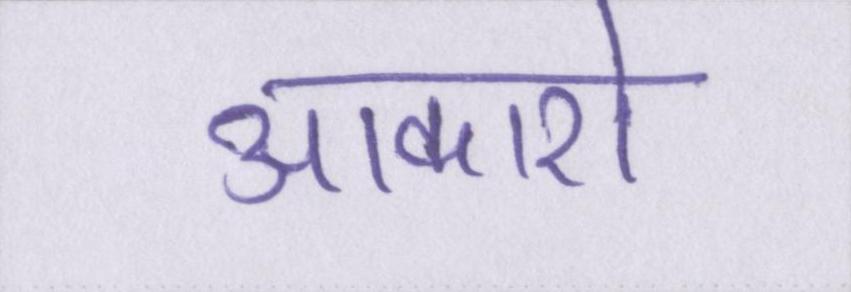
आकाशे